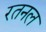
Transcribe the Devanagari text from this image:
रतनल